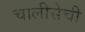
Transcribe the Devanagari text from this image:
चालीसेची